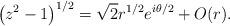
LaTeX: \begin{align*}\big( z^2-1\big)^{1/2} = \sqrt{2} r^{1/2}e^{i\theta/2} + O(r). \end{align*}